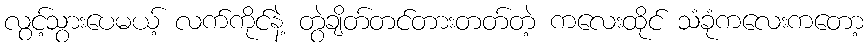
လွင့်သွားပေမယ့် လက်ကိုင်နဲ့ တွဲချိတ်တင်တားတတ်တဲ့ ကလေးထိုင် သံခုံကလေးကတော့